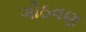
ગોઠવણ